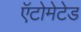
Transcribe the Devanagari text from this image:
ऍटोमेटेड